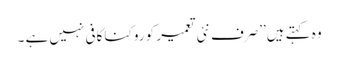
وہ کہتے ہیں’’صرف نئی تعمیر کو روکنا کافی نہیں ہے ۔